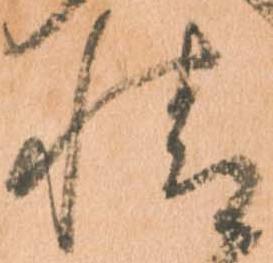
情